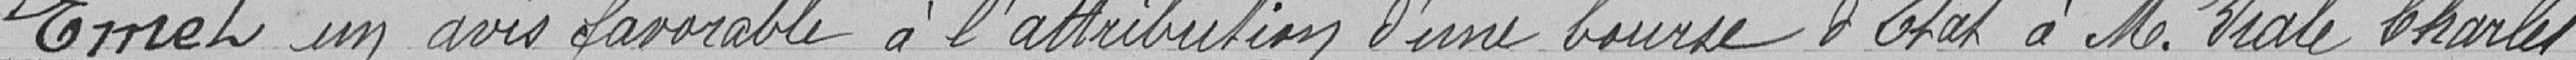
Emet un avis favorable à l’attribution d'une bourse d'état à M. Viale Charles